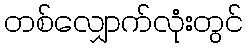
တစ်လျှောက်လုံးတွင်